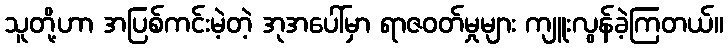
သူတို့ဟာ အပြစ်ကင်းမဲ့တဲ့ အုအပေါ်မှာ ရာဇဝတ်မှုများ ကျူးလွန်ခဲ့ကြတယ်။